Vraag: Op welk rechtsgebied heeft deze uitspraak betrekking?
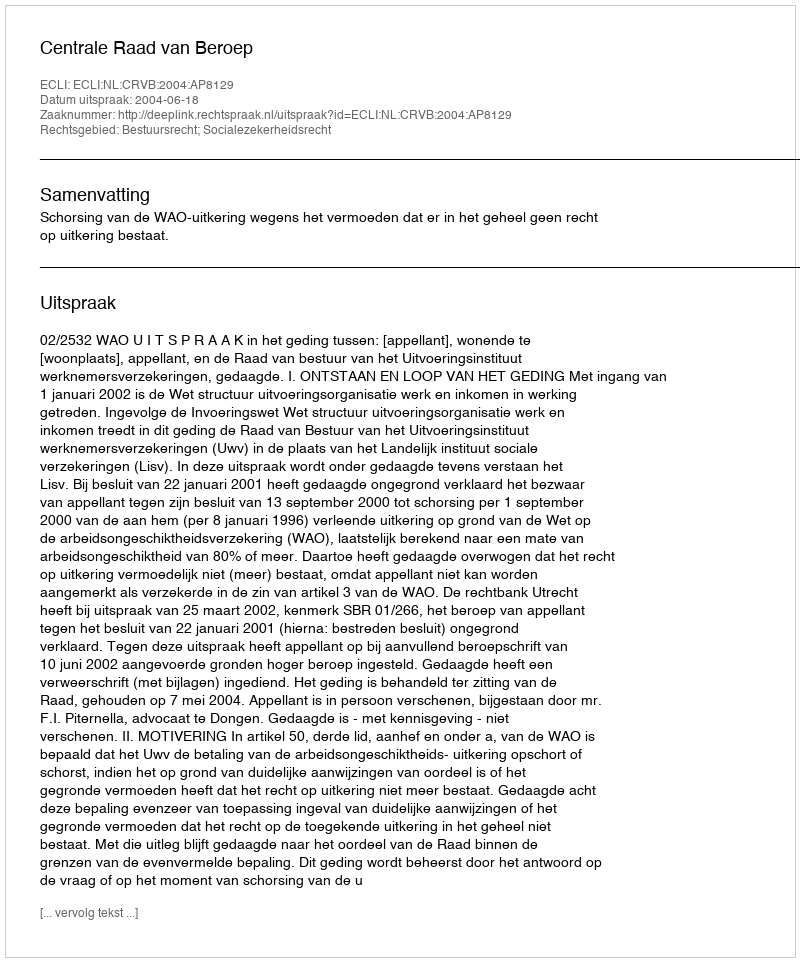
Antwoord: Bestuursrecht; Socialezekerheidsrecht